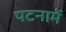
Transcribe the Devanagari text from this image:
पटनामें